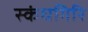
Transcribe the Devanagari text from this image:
स्‍कंधगिरि